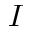
I